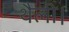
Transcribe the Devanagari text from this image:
थैली।